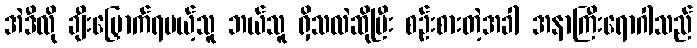
အဲဒီလို ချီးမြှောက်ရမယ့်သူ ဘယ်သူ ရှိသလဲဆိုပြီး စဉ်းစားတဲ့အခါ အနာကြီးရောဂါသည်